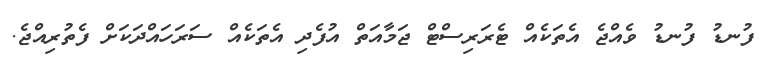
ފުނޑު ފުނޑު ވެއްޖެ އެތަކެއް ޓެރަރިސްޓް ޖަމާއަތް އުފެދި އެތަކެއް ސަރަހައްދަކަށް ފެތުރިއްޖެ.